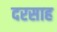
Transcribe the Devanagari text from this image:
दरसाह